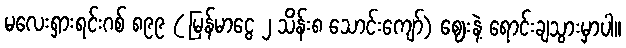
မလေးရှားရင်းဂစ် ၈၉၉ ( မြန်မာငွေ ၂ သိန်း၈ သောင်းကျော်) ဈေးနဲ့ ရောင်းချသွားမှာပါ။